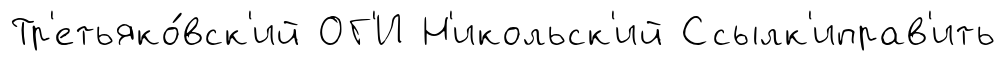
Тр'етьяко́вск'ий ОГ'И Н'икольск'ий Ссылк'иправ'ить